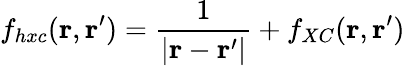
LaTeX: f_{hxc}(\mathbf{r},\mathbf{r}^{\prime})=\frac{1}{|\mathbf{r}-\mathbf{r}^{\prime}|}+f_{XC}(\mathbf{r},\mathbf{r}^{\prime})